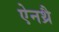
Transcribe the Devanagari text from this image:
ऐनथ्रै